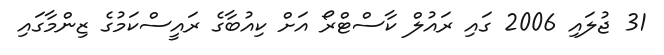
31 ޖުލައި 2006 ގައި ރައުލް ކާސްޓްރޯ އަށް ކިއުބާގެ ރައީސްކަމުގެ ޒިންމާގައި